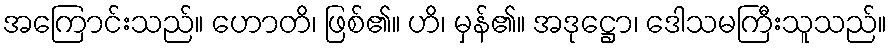
အကြောင်းသည်။ ဟောတိ၊ ဖြစ်၏။ ဟိ၊ မှန်၏။ အဒုဋ္ဌော၊ ဒေါသမကြီးသူသည်။